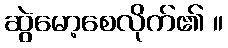
ဆွဲမော့စေလိုက်၏ ။